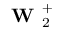
\textbf { W } _ { 2 } ^ { + }